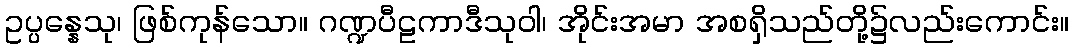
ဥပ္ပန္နေသု၊ ဖြစ်ကုန်သော။ ဂဏ္ဍပီဠကာဒီသုဝါ၊ အိုင်းအမာ အစရှိသည်တို့၌လည်းကောင်း။